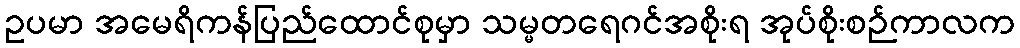
ဥပမာ အမေရိကန်ပြည်ထောင်စုမှာ သမ္မတရေဂင်အစိုးရ အုပ်စိုးစဉ်ကာလက